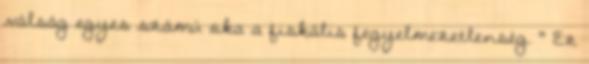
válság egyes számú oka a fiskális fegyelmezetlenség. " Ez